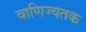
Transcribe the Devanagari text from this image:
वाणिज्यतक